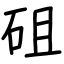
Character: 砠